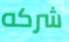
شركه